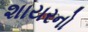
શાયરનો